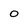
Character: 0